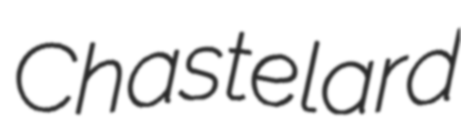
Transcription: Chastelard